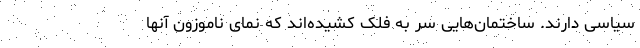
سیاسی دارند. ساختمان‌هایی سر به فلک کشیده‌اند که نمای ناموزون آنها